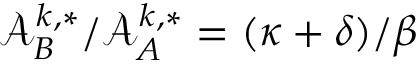
{ \mathcal { A } _ { B } ^ { k , * } } / { \mathcal { A } _ { A } ^ { k , * } } = ( { \kappa + \delta } ) / { \beta }